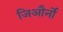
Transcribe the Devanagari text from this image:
जिऔर्नो